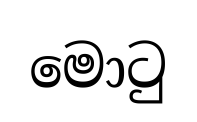
මොටු